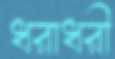
ধরাধরী